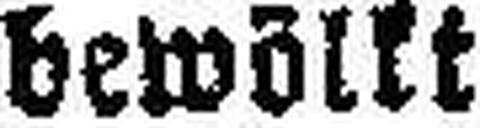
bewölkt